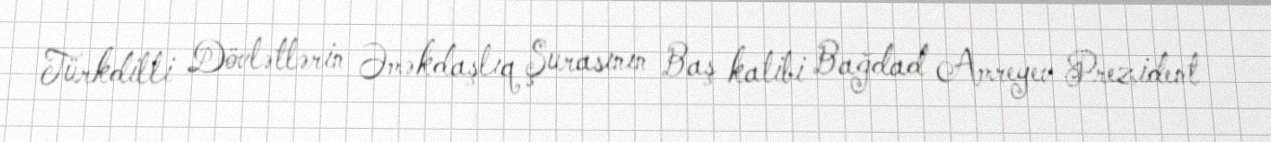
Türkdilli Dövlətlərin Əməkdaşlıq Şurasının Baş katibi Bağdad Amreyev Prezident